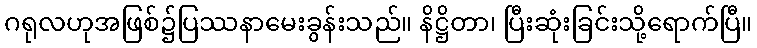
ဂရုလဟုအဖြစ်၌ပြဿနာမေးခွန်းသည်။ နိဋ္ဌိတာ၊ ပြီးဆုံးခြင်းသို့ရောက်ပြီ။